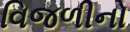
વિજળીનો